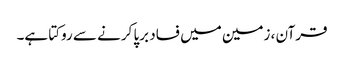
قرآن ، زمین میں فساد برپا کرنے سے روکتا ہے۔